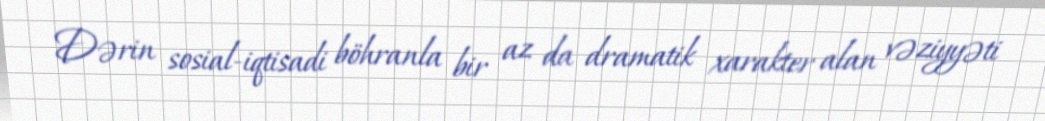
Dərin sosial-iqtisadi böhranla bir az da dramatik xarakter alan vəziyyəti